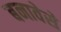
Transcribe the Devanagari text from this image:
बनावेसे